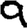
Digit: 9